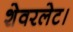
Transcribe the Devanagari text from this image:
शेवरलेट।